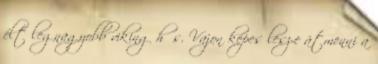
élt legnagyobb viking hős. Vajon képes lesz-e átmenni a